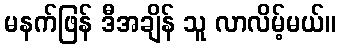
မနက်ဖြန် ဒီအချိန် သူ လာလိမ့်မယ်။